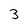
Character: 3